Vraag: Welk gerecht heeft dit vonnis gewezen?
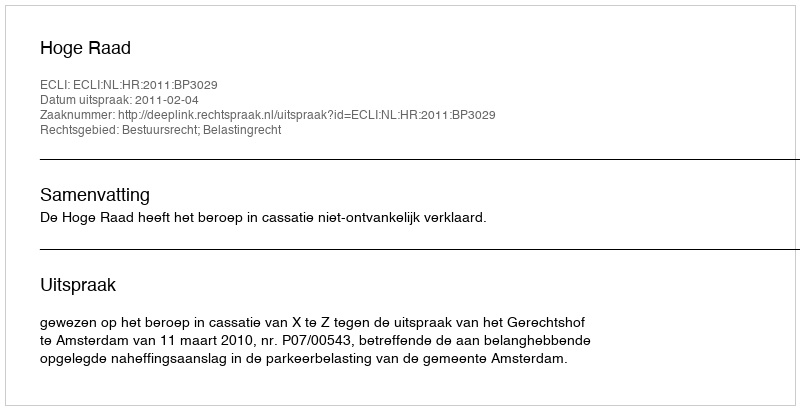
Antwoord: Hoge Raad